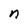
Character: n